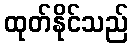
ထုတ်နိုင်သည်